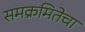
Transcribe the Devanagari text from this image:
समक्रमितेचा